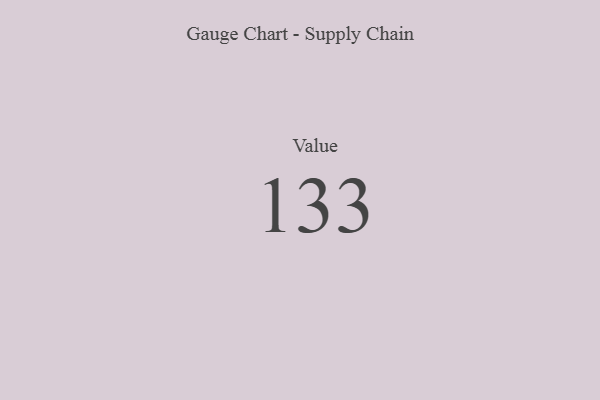
{"axis": {"x": "Metric", "y": "Value"}, "legend": [""], "data": [{"x": "Value", "y": 133, "type": ""}]}